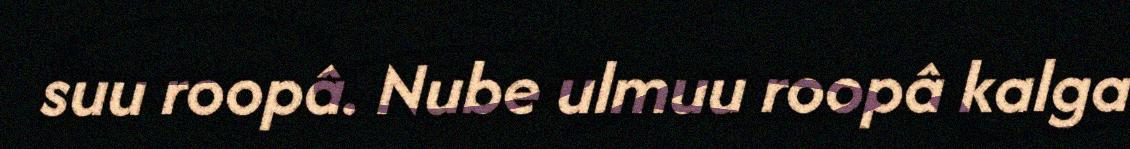
suu roopâ. Nube ulmuu roopâ kalga